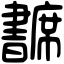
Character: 𢅺